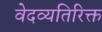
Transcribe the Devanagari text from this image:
वेदव्यतिरिक्त